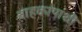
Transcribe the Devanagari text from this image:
वाहकांपाशी